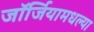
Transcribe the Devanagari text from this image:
जॉर्जियामधल्या